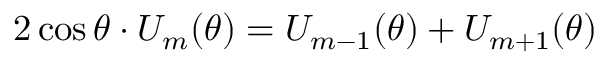
2 \cos \theta \cdot U _ { m } ( \theta ) = U _ { m - 1 } ( \theta ) + U _ { m + 1 } ( \theta )